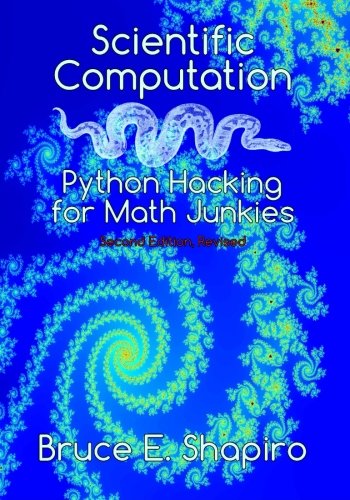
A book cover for Scientific Computation: Python Hacking for Math Junkies; Bruce E Shapiro; Computers & Technology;